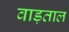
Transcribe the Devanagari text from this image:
वाड़ताल